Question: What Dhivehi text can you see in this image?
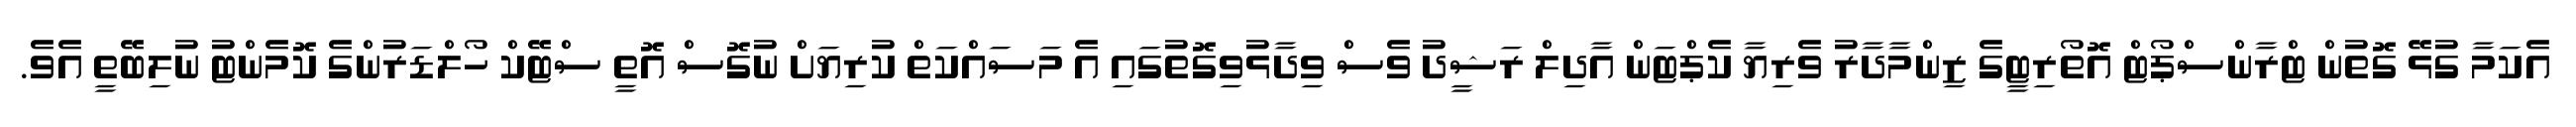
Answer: އެކަމާ ގުޅޭ ގޮތުން ޓްރާންސްޕޯޓް އޮތޯރިޓީގެ ޒިންމާދާރު ވެރިޔާ ކެޕްޓަން އާދިލް ރަޝީދު ވެސް ވިދާޅުވިގޮތުގައި އެ މަސައްކަތް ކުރިޔަށް ނުގޮސް އޮތީ ސްޓޭކް ހޯލްޑަރުންގެ ކޮމެންޓު ނުލިބޭތީ އެވެ.